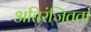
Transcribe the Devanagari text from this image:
अतिरंजितता